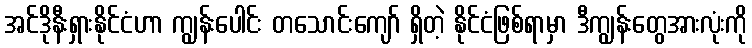
အင်ဒိုနီးရှားနိုင်ငံဟာ ကျွန်းပေါင်း တသောင်းကျော် ရှိတဲ့ နိုင်ငံဖြစ်ရာမှာ ဒီကျွန်းတွေအားလုံးကို